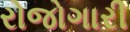
રોજોગારી